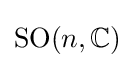
\mathrm {SO} (n,\mathbb {C} )